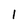
Character: l